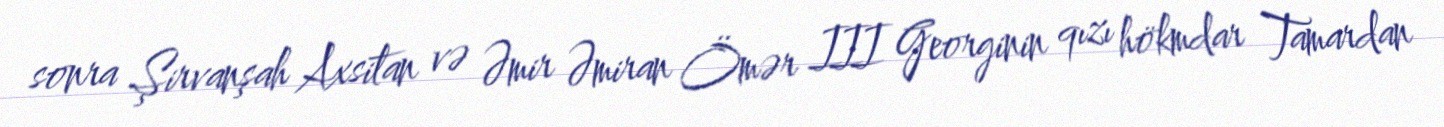
sonra Şirvanşah Axsitan və Əmir Əmiran Ömər III Georginin qızı hökmdar Tamardan